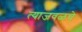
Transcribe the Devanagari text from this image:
त्याजवळचे